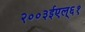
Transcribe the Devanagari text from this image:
२००३ईएल्‌६१